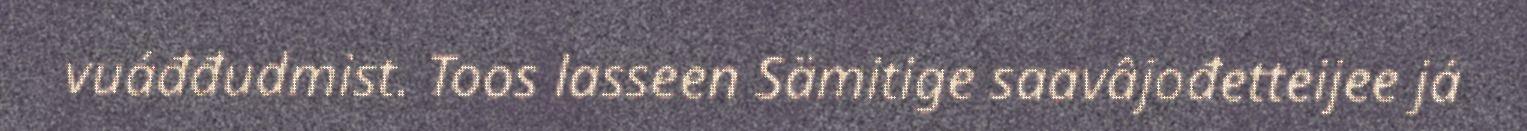
vuáđđudmist. Toos lasseen Sämitige saavâjođetteijee já